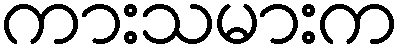
ကားသမားက